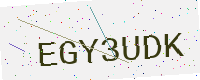
Text: EGY3UDK